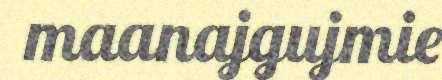
maanajgujmie